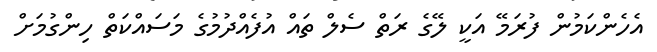
އެހެންކަމުން ފުރަމޭ އަކީ ލޭގެ ރަތް ސެލް ތައް އުފެއްދުމުގެ މަސައްކަތް ހިންގުމަށް